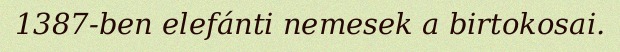
1387-ben elefánti nemesek a birtokosai.